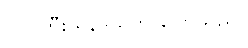
ဗိုလ်ကြီး ရန်ဒယ်က ပြောသည်။